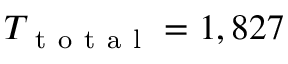
T _ { \mathrm { ~ t ~ o ~ t ~ a ~ l ~ } } = 1 , 8 2 7